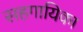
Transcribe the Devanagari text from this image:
सहगायिका